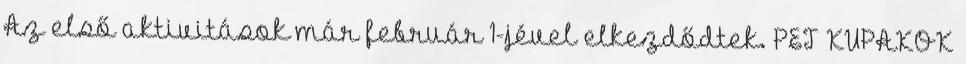
Az első aktivitások már február 1-jével elkezdődtek. PET KUPAKOK